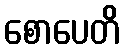
စောပေတိ